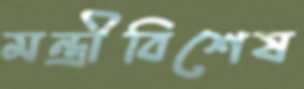
মন্ত্রীবিশেষ